DOW-UAP-D48, Department of the Air Force Report, 1996
Agency: Department of War
Incident date: 9/10/96
Page 33
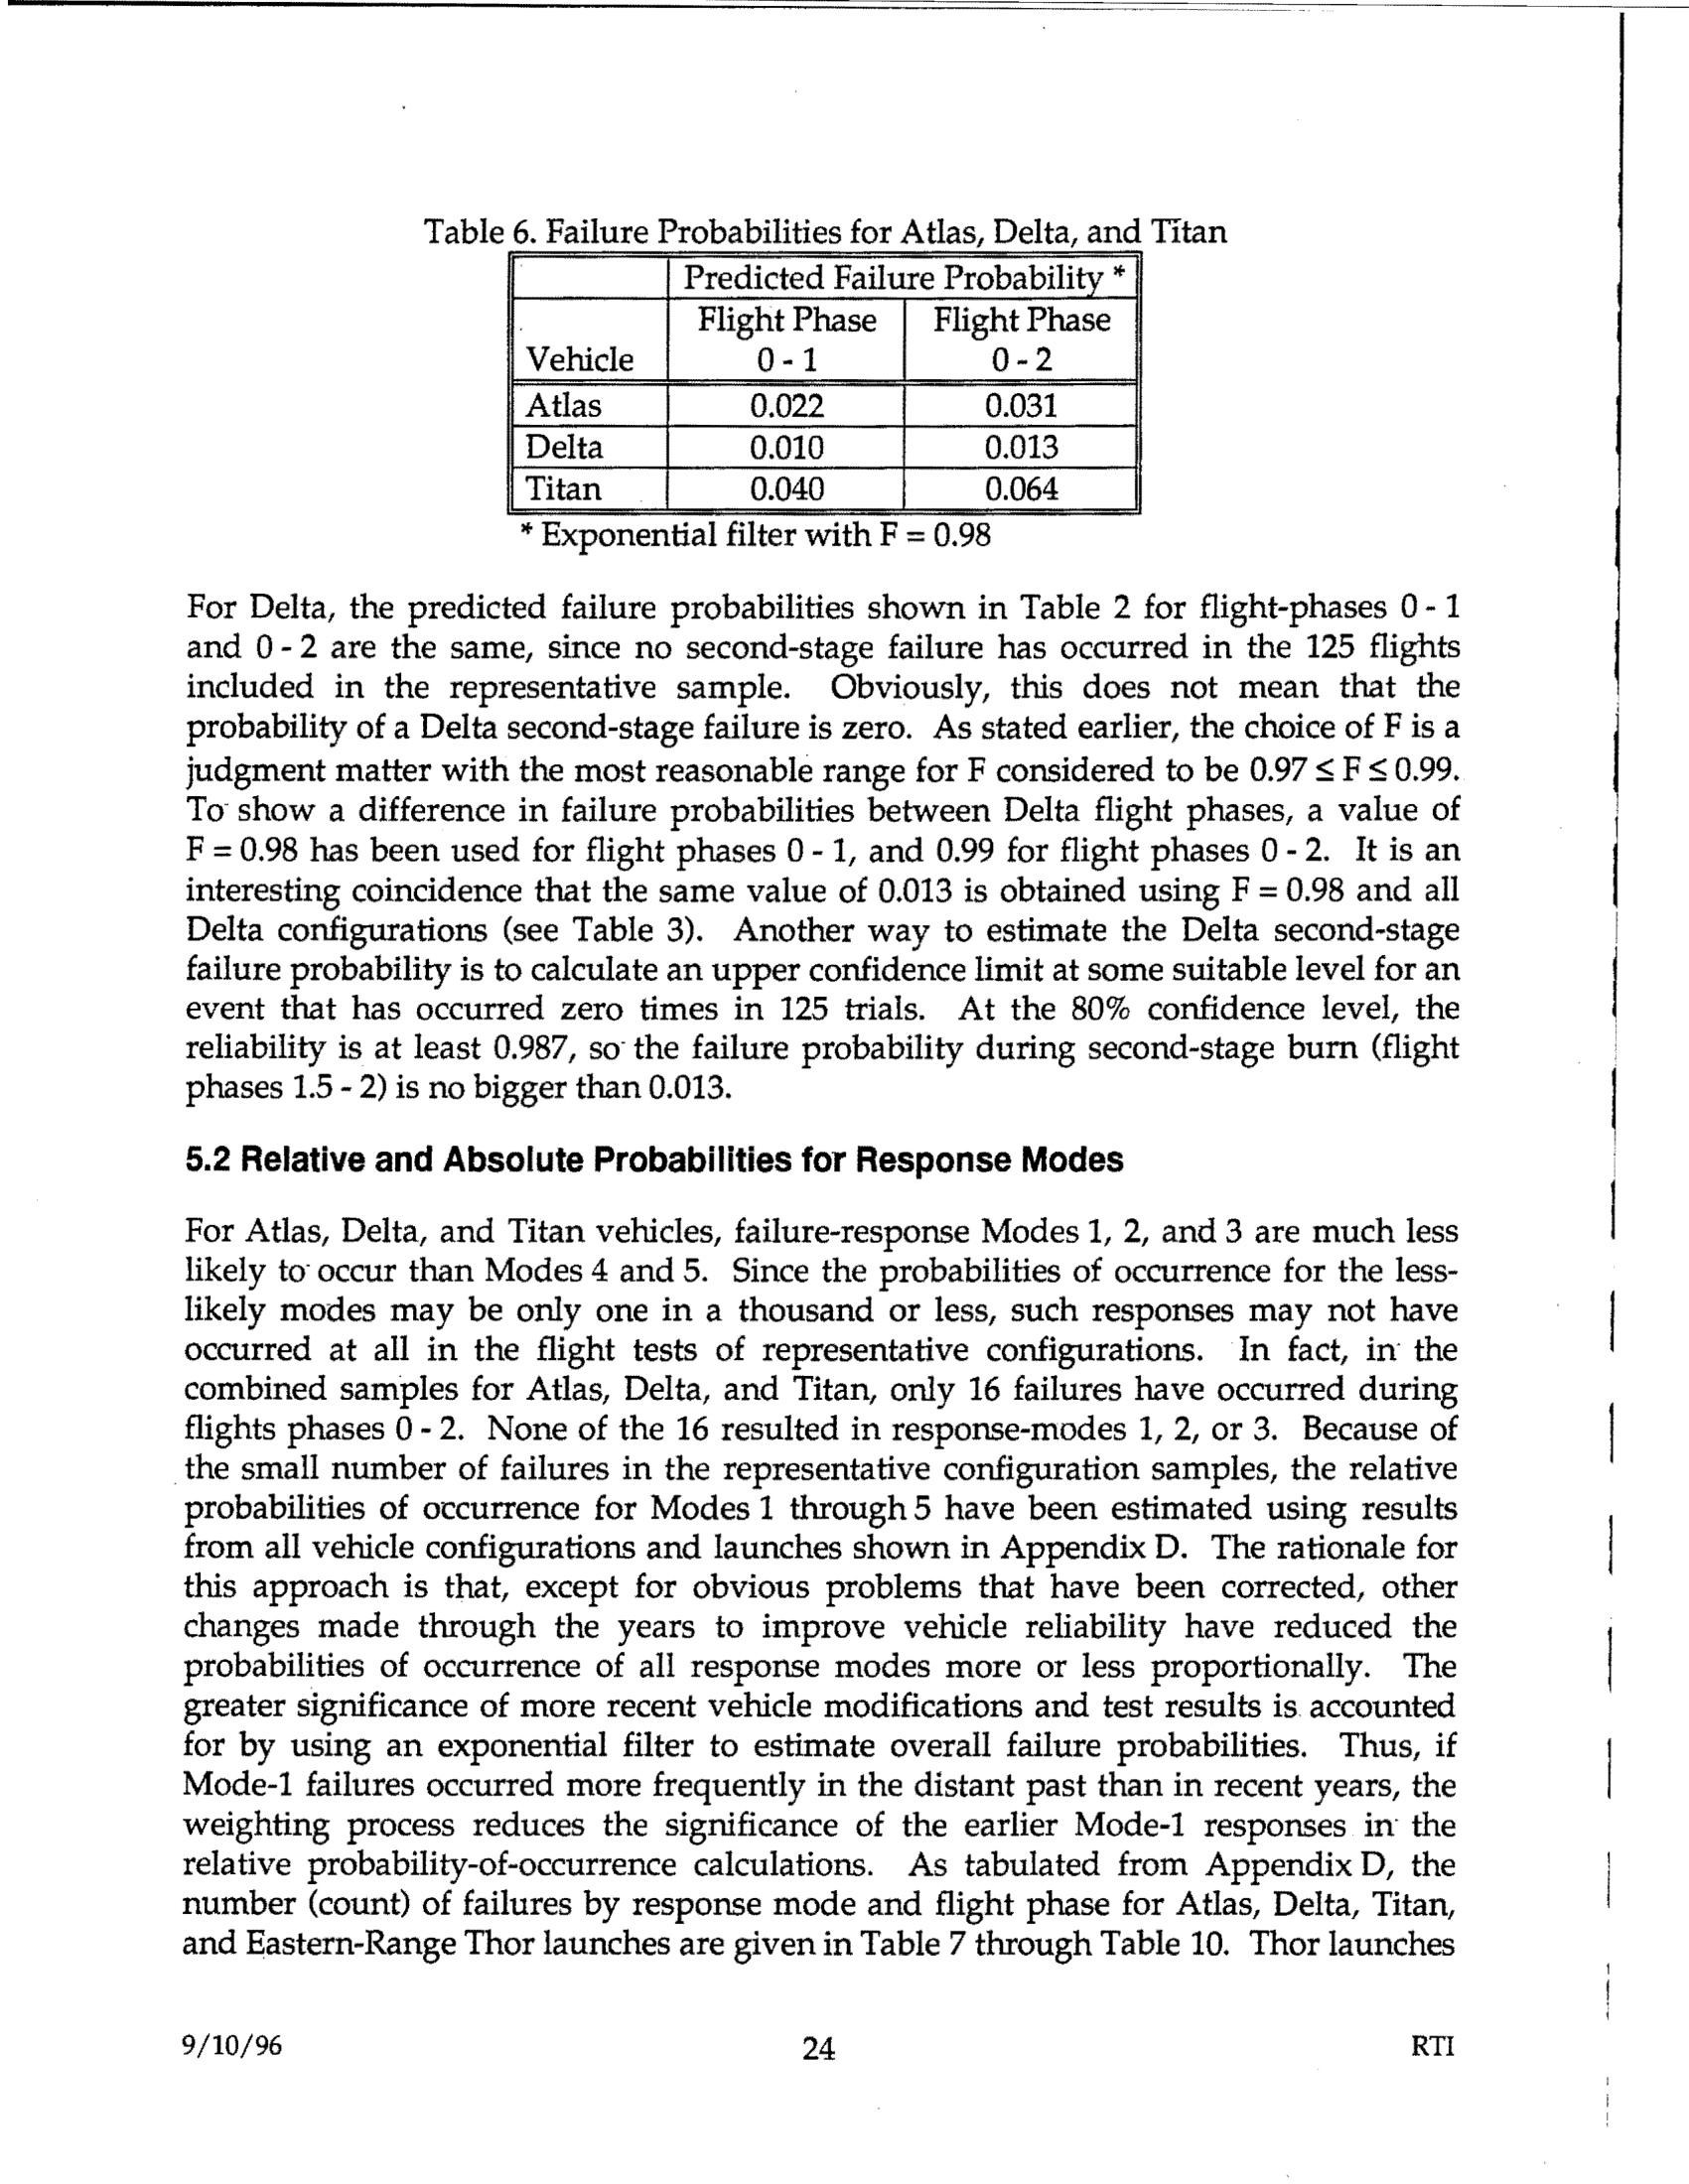